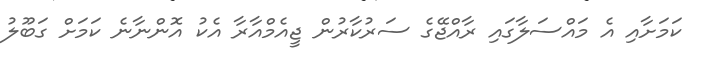
ކަމަށާއި އެ މައްސަލާގައި ރާއްޖޭގެ ސަރުކާރުން ޖީއެމްއާރާ އެކު އޮންނާނެ ކަމަށް ގަބޫލު